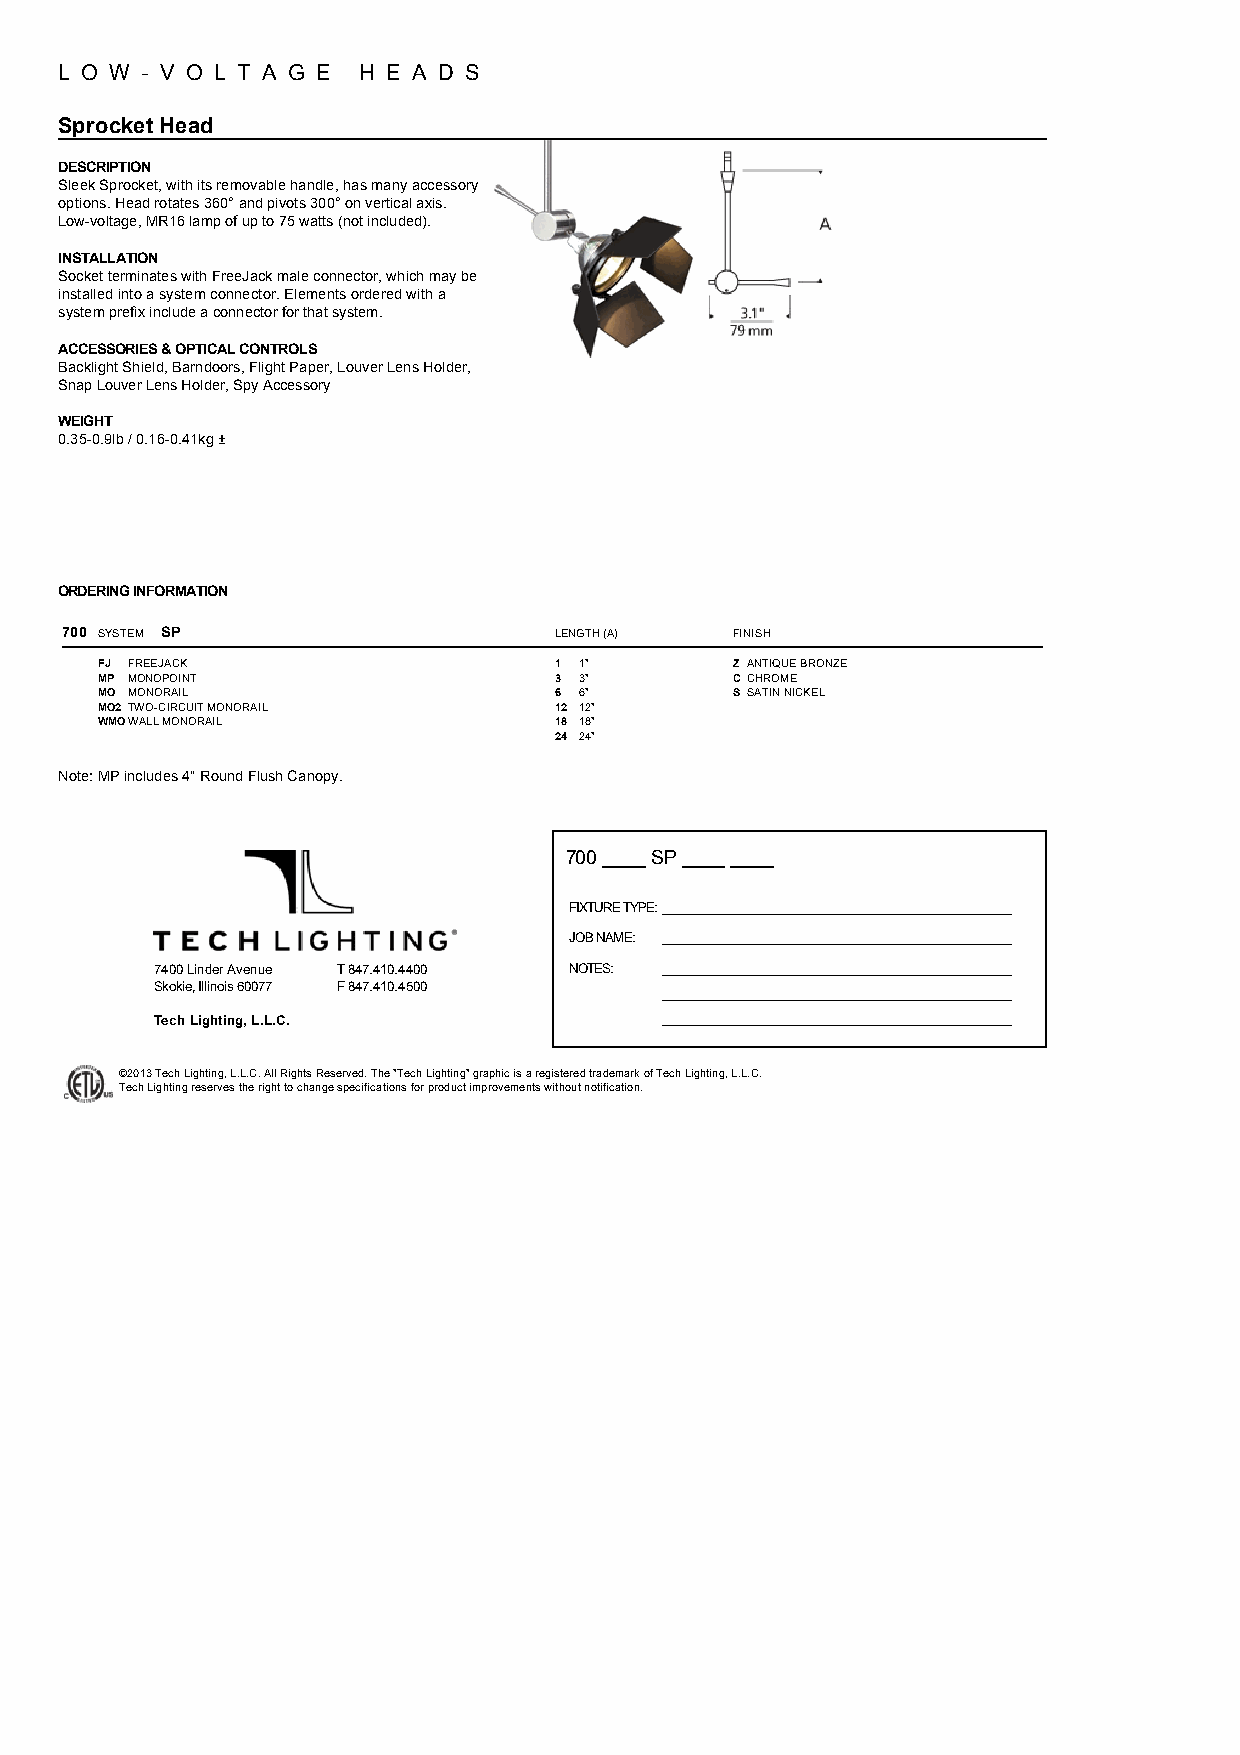
L O W ­ V O L T A G E H E A D S
 Sprocket Head
 DESCRIPTION
 Sleek Sprocket, with its removable handle, has many accessory
 options. Head rotates 360° and pivots 300° on vertical axis.
 Low­voltage, MR16 lamp of up to 75 watts (not included).
 INSTALLATION
 Socket terminates with FreeJack male connector, which may be
 installed into a system connector. Elements ordered with a
 system prefix include a connector for that system.
 ACCESSORIES & OPTICAL CONTROLS
 Backlight Shield, Barndoors, Flight Paper, Louver Lens Holder,
 Snap Louver Lens Holder, Spy Accessory
 WEIGHT
 0.35­0.9lb / 0.16­0.41kg ±
 ORDERING INFORMATION
 700 SYSTEM SP                    LENGTH (A) FINISH
 FJ FREEJACK                    1 1"       Z ANTIQUE BRONZE
 MP MONOPOINT                   3 3"       C CHROME
 MO MONORAIL                    6 6"       S SATIN NICKEL
 MO2 TWO­CIRCUIT MONORAIL       12 12"
 WMOWALL MONORAIL               18 18"
 24 24"
 Note: MP includes 4" Round Flush Canopy.
 700 ____ SP ____ ____
 FIXTURE TYPE:________________________________________________
 JOB NAME: ________________________________________________
 7400 Linder Avenue T 847.410.4400 NOTES: ________________________________________________
 Skokie, Illinois 60077 F 847.410.4500
 ________________________________________________
 Tech Lighting, L.L.C.             ________________________________________________
 ©2013 Tech Lighting, L.L.C. All Rights Reserved. The "Tech Lighting" graphic is a registered trademark of Tech Lighting, L.L.C.
 Tech Lighting reserves the right to change specifications for product improvements without notification.